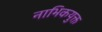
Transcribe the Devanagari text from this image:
नाभिकयुक्त